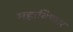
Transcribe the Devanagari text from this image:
महाविषधर